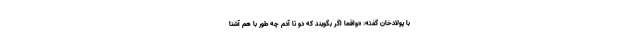
با پولادخان گفته: «واقعاً اگر بگویند که دو تا آدم چه طور با هم آشنا